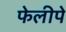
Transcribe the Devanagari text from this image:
फेलीपे